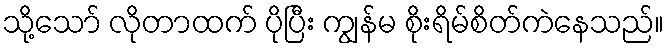
သို့သော် လိုတာထက် ပိုပြီး ကျွန်မ စိုးရိမ်စိတ်ကဲနေသည်။